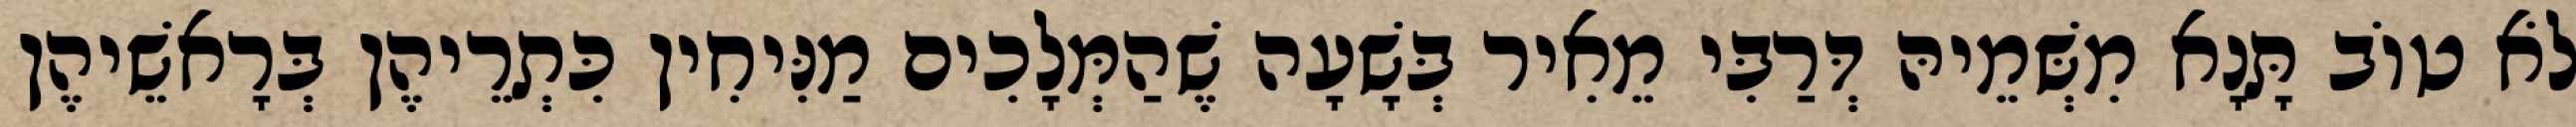
לֹא טוֹב תָּנָא מִשְּׁמֵיהּ דְּרַבִּי מֵאִיר בְּשָׁעָה שֶׁהַמְּלָכִים מַנִּיחִין כִּתְרֵיהֶן בְּרָאשֵׁיהֶן